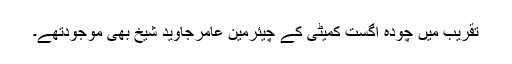
تقریب میں چودہ اگست کمیٹی کے چیئرمین عامرجاوید شیخ بھی موجودتھے۔